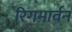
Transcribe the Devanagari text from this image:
रिगमार्वन